Studies on the mouth parts a Comparative anatomy of the proboscis in the blood-sucking muscidae - Number 60
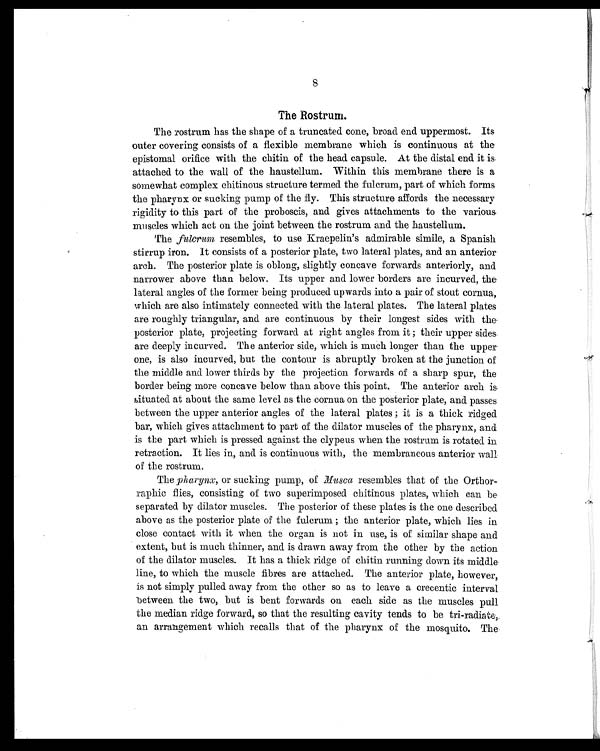
8
The Rostrum.
The rostrum has the shape of a truncated cone, broad end uppermost. Its
outer covering consists of a flexible membrane which is continuous at the
epistomal orifice with the chitin of the head capsule. At the distal end it is
attached to the wall of the haustellum. Within this membrane there is a
somewhat complex chitinous structure termed the fulcrum, part of which forms
the pharynx or sucking pump of the fly. This structure affords the necessary
rigidity to this part of the proboscis, and gives attachments to the various,
muscles which act on the joint between the rostrum and the haustellum.
The fulcrum resembles, to use Kraepelin's admirable simile, a Spanish
stirrup iron. It consists of a posterior plate, two lateral plates, and an anterior
arch. The posterior plate is oblong, slightly concave forwards anteriorly, and
narrower above than below. Its upper and lower borders are incurved, the
lateral angles of the former being produced upwards into a pair of stout cornua,
which are also intimately connected with the lateral plates. The lateral plates
are roughly triangular, and are continuous by their longest sides with the
posterior plate, projecting forward at right angles from it; their upper sides
are deeply incurved. The anterior side, which is much longer than the upper
one, is also incurved, but the contour is abruptly broken at the junction of
the middle and lower thirds by the projection forwards of a sharp spur, the
border being more concave below than above this point. The anterior arch is
situated at about the same level as the cornua on the posterior plate, and passes
between the upper anterior angles of the lateral plates; it is a thick ridged
bar, which gives attachment to part of the dilator muscles of the pharynx, and
is the part which is pressed against the clypeus when the rostrum is rotated in
retraction. It lies in, and is continuous with, the membraneous anterior wall
of the rostrum.
The pharynx, or sucking pump, of Musca resembles that of the Orthor-
raphic flies, consisting of two superimposed chitinous plates, which can be
separated by dilator muscles. The posterior of these plates is the one described
above as the posterior plate of the fulcrum; the anterior plate, which lies in
close contact with it when the organ is not in use, is of similar shape and
extent, but is much thinner, and is drawn away from the other by the action
of the dilator muscles. It has a thick ridge of chitin running down its middle
line, to which the muscle fibres are attached. The anterior plate, however,
is not simply pulled away from the other so as to leave a crecentic interval
between the two, but is bent forwards on each side as the muscles pull
the median ridge forward, so that the resulting cavity tends to be tri-radiate,
an arrangement which recalls that of the pharynx of the mosquito. The